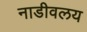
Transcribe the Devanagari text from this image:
नाडीवलय